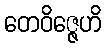
တေဝိဇ္ဇေဟိ